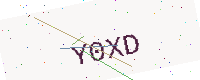
Text: Y0XD